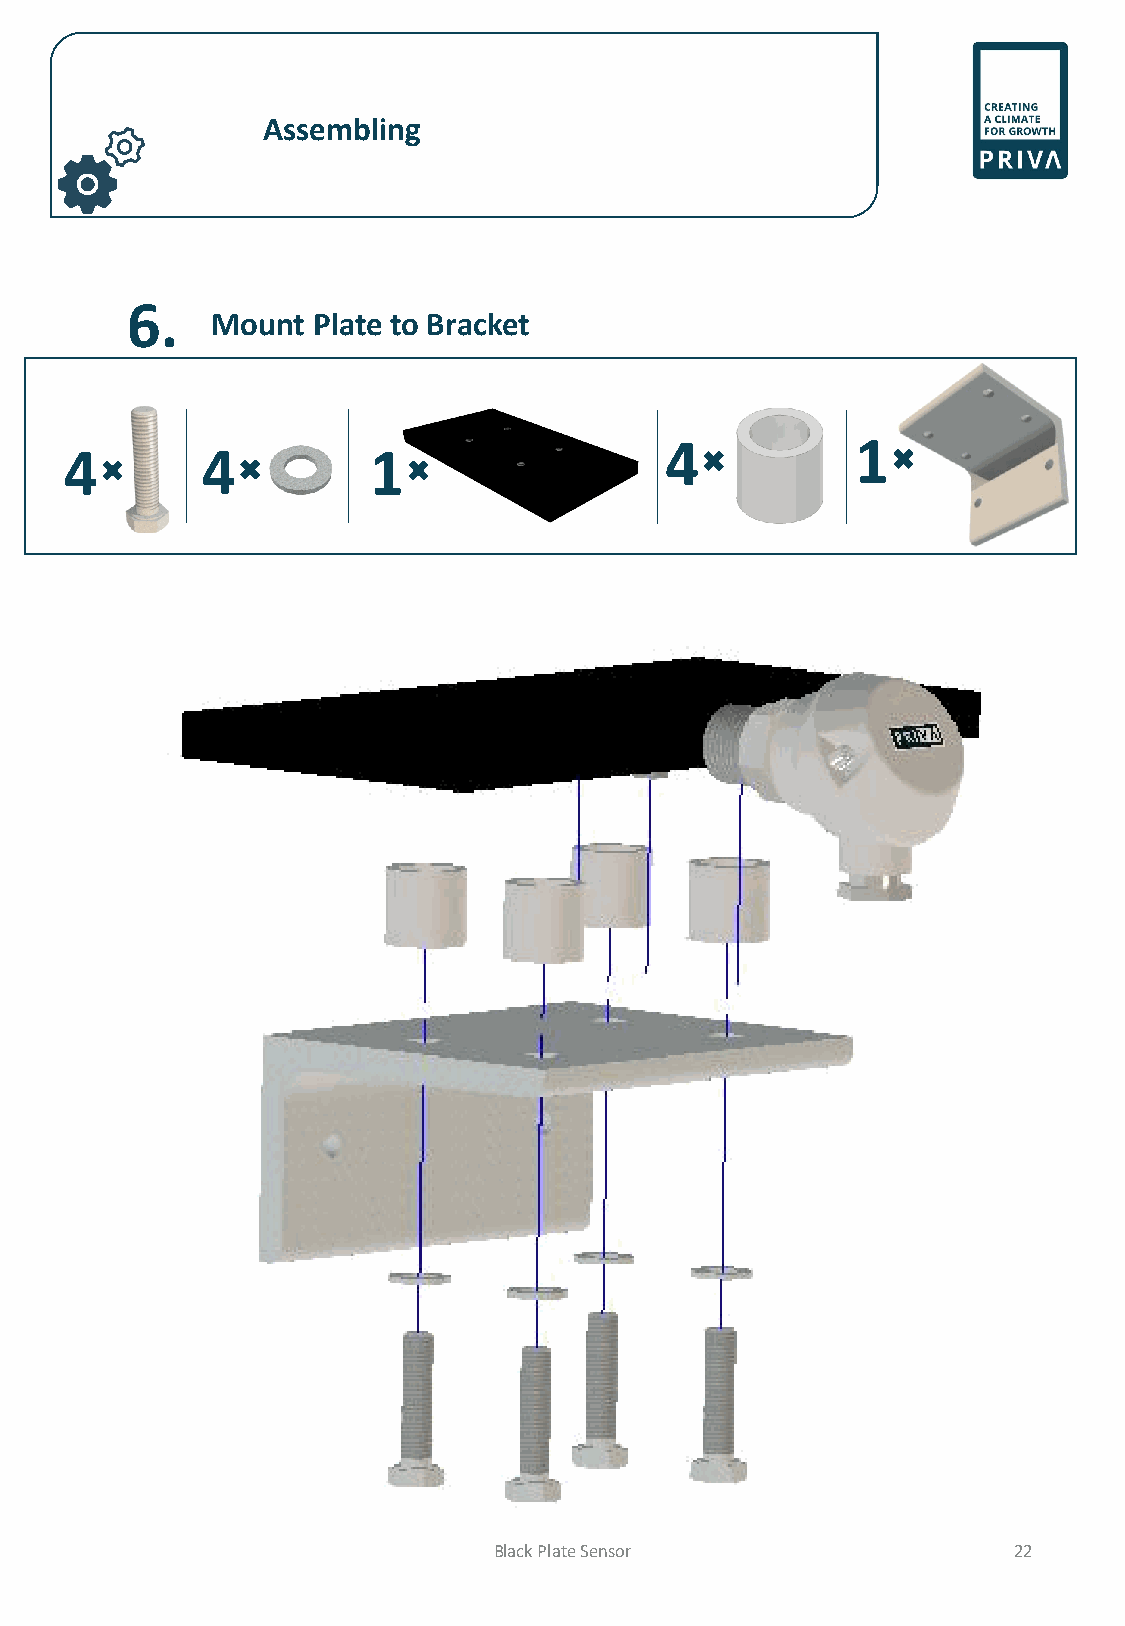
Assembling
 6.
 Mount  Plate to Bracket
 4            1
 4        4          1
 Black Plate Sensor                22